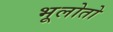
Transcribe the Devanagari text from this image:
भूलोतो